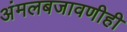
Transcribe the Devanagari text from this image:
अंमलबजावणीही